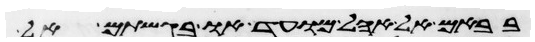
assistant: בבאם אל אהל מועד או בגשתם אל